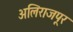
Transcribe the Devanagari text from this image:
अलिराजपूर